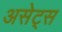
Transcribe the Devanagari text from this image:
असेट्स